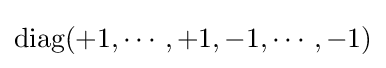
{\text{diag}}(+1,\cdots ,+1,-1,\cdots ,-1)